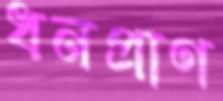
ধনপ্রাণ